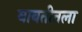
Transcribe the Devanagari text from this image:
बाबतीतला